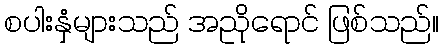
စပါးနှံများသည် အညိုရောင် ဖြစ်သည်။